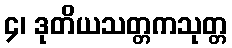
၄၊ ဒုတိယသတ္တကသုတ္တ